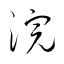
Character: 浣